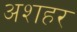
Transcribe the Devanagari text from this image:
अशहर